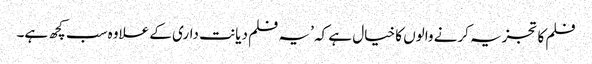
فلم کا تجزیہ کرنے والوں کا خیال ہے کہ ’یہ فلم دیانت داری کے علاوہ سب کچھ ہے۔